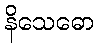
နိသေဓော